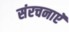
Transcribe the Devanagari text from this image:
संरचनाएॅ